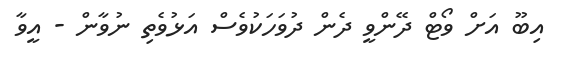
އިބޫ އަށް ވޯޓް ދޭންވީ ދެން ދުވަހަކުވެސް އަޅުވެތި ނުވާން - އީވާ